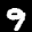
Label: 9